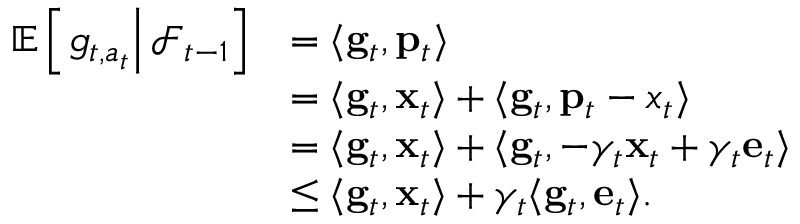
\begin{array} { r l } { \mathbb E \left[ \left. g _ { t , a _ { t } } \right\rvert \mathcal F _ { t - 1 } \right] } & { = \langle \mathbf g _ { t } , \mathbf p _ { t } \rangle } \\ & { = \langle \mathbf g _ { t } , \mathbf x _ { t } \rangle + \langle \mathbf g _ { t } , \mathbf p _ { t } - x _ { t } \rangle } \\ & { = \langle \mathbf g _ { t } , \mathbf x _ { t } \rangle + \langle \mathbf g _ { t } , \mathbf - \gamma _ { t } \mathbf x _ { t } + \gamma _ { t } \mathbf e _ { t } \rangle } \\ & { \le \langle \mathbf g _ { t } , \mathbf x _ { t } \rangle + \gamma _ { t } \langle \mathbf g _ { t } , \mathbf e _ { t } \rangle . } \end{array}